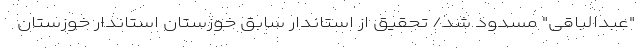
"عبدالباقی" مسدود شد/ تحقیق از استاندار سابق خوزستان استاندار خوزستان